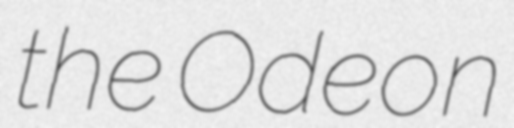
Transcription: the Odeon